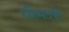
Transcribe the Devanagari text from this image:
रहिमतपुरे